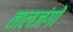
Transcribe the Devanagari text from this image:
तालजंगों